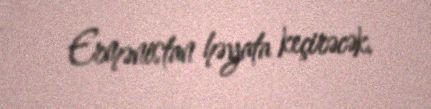
Ermənistan həyata keçirəcək.